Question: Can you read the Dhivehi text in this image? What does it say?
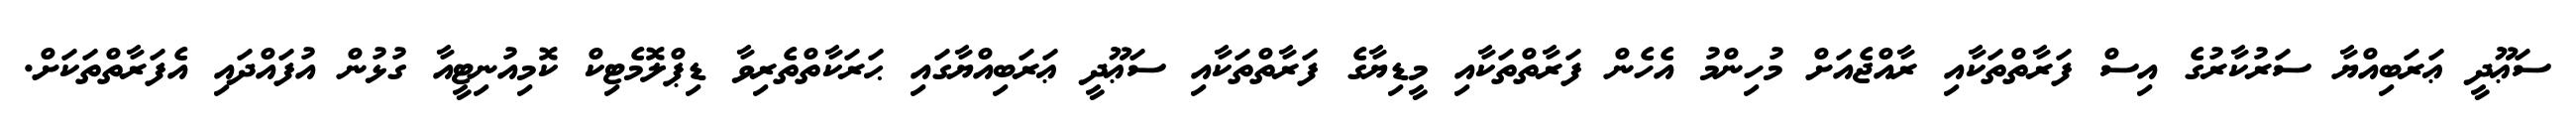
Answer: ސަޢޫދީ ޢަރަބިއްޔާ ސަރުކާރުގެ އިސް ފަރާތްތަކާއި ރާއްޖެއަށް މުހިންމު އެހެން ފަރާތްތަކާއި މީޑިޔާގެ ފަރާތްތަކާއި ސަޢޫދީ ޢަރަބިއްޔާގައި ޙަރަކާތްތެރިވާ ޑިޕްލޮމެޓިކް ކޮމިއުނިޓީއާ ގުޅުން އުފައްދައި އެފަރާތްތަކަށް.